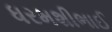
ધરમશીભાઈ